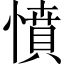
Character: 憤